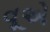
વૂએ